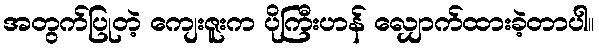
အတွက်ပြုတဲ့ ကျေးဇူးက ပိုကြီးဟန် လျှောက်ထားခဲ့တာပါ။